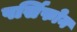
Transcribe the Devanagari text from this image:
पर्सिफोन